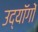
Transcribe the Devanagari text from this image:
उद्यॉगों